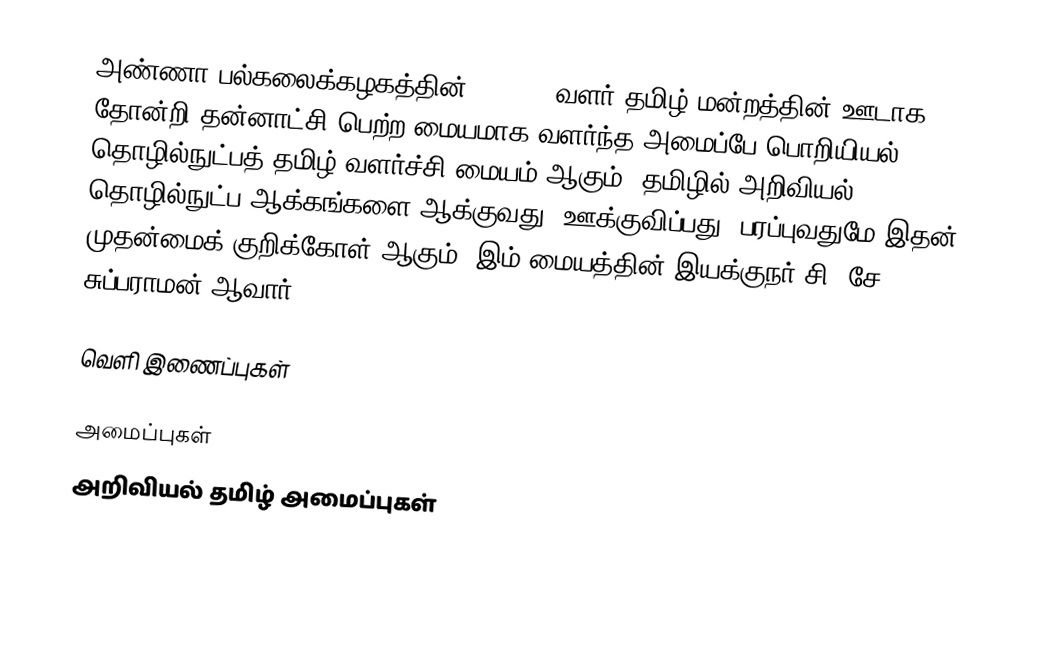
அண்ணா பல்கலைக்கழகத்தின் 1984-85 வளர் தமிழ் மன்றத்தின் ஊடாக தோன்றி தன்னாட்சி பெற்ற மையமாக வளர்ந்த அமைப்பே பொறியியல் தொழில்நுட்பத் தமிழ் வளர்ச்சி மையம் ஆகும்.  தமிழில் அறிவியல், தொழில்நுட்ப ஆக்கங்களை ஆக்குவது, ஊக்குவிப்பது, பரப்புவதுமே இதன் முதன்மைக் குறிக்கோள் ஆகும். இம் மையத்தின் இயக்குநர் சி. சே. சுப்பராமன் ஆவார்.

வெளி இணைப்புகள்

அமைப்புகள்
அறிவியல் தமிழ் அமைப்புகள்